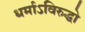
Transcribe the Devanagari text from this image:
धर्माऽविरुद्धो